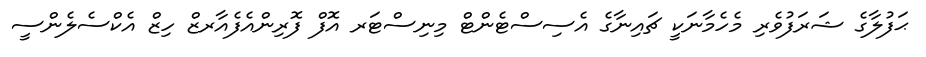
ޙަފުލާގެ ޝަރަފުވެރި މެހެމާނަކީ ޗައިނާގެ އެސިސްޓެންޓް މިނިސްޓަރ އޮފް ފޮރިންއެފެއާރޒް ހިޒް އެކްސެލެންސީ